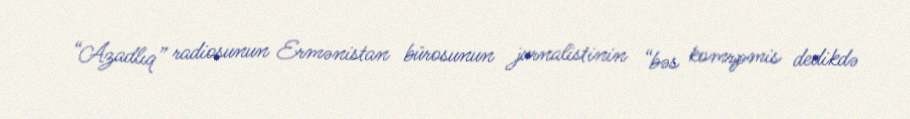
“Azadlıq” radiosunun Ermənistan bürosunun jurnalistinin “bəs komrpmis dedikdə